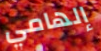
إلهامي